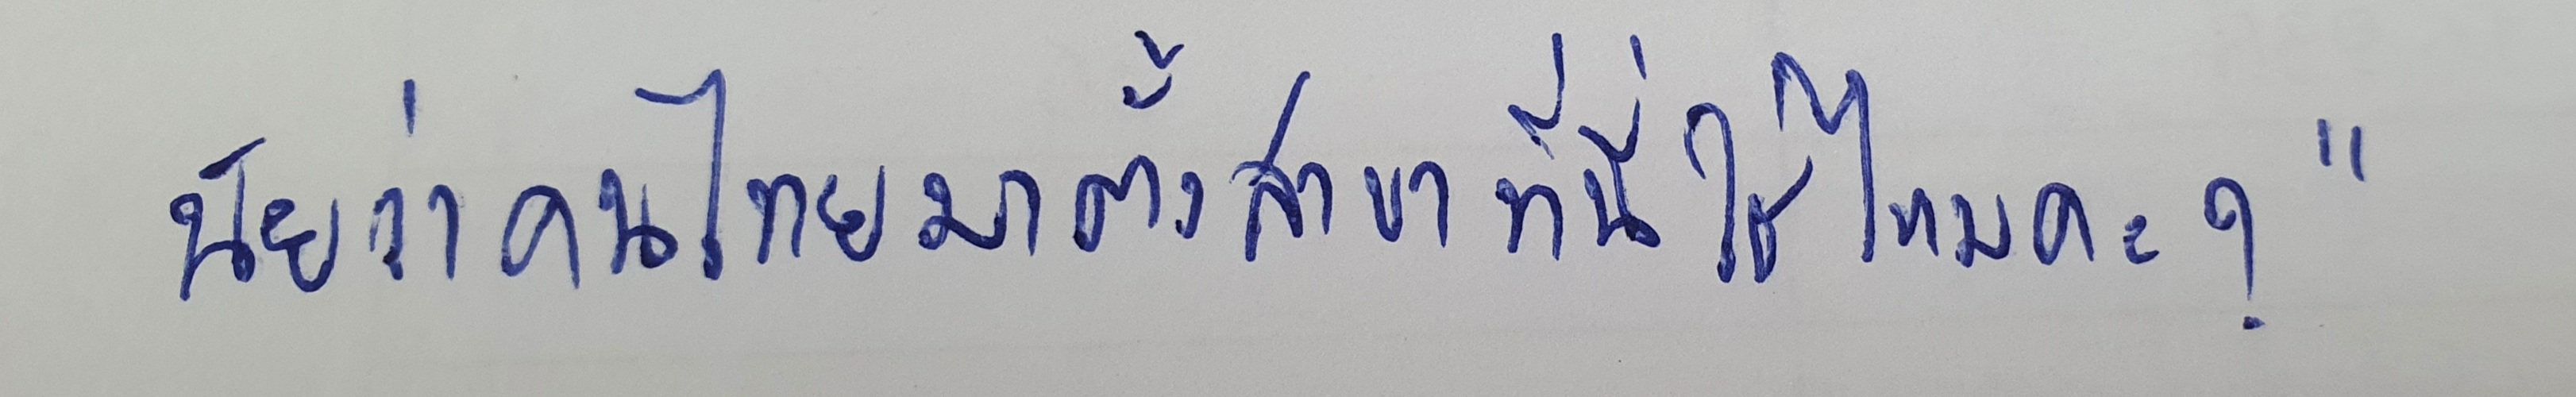
นัยว่าคนไทยมาตั้งสาขาที่นี่ใช่ไหมคะ?"